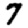
Digit: 7